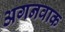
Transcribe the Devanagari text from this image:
अगनवाक